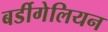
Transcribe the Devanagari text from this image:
बर्डीगेलियन